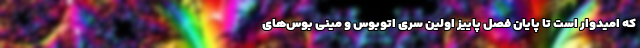
که امیدوار است تا پایان فصل پاییز اولین سری اتوبوس‌ و مینی بوس‌های